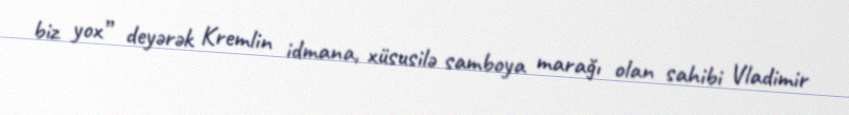
biz yox” deyərək Kremlin idmana, xüsusilə samboya marağı olan sahibi Vladimir